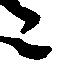
々